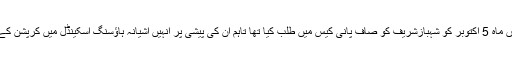
اس سے قبل نیب لاہور نے رواں ماہ 5 اکتوبر کو شہبازشریف کو صاف پانی کیس میں طلب کیا تھا تاہم ان کی پیشی پر انہیں آشیانہ ہاؤسنگ اسکینڈل میں کرپشن کے الزام میں گرفتار کرلیا گیا تھا۔